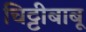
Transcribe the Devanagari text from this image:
चिट्टीबाबू